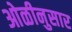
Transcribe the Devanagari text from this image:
ओळीनुसार